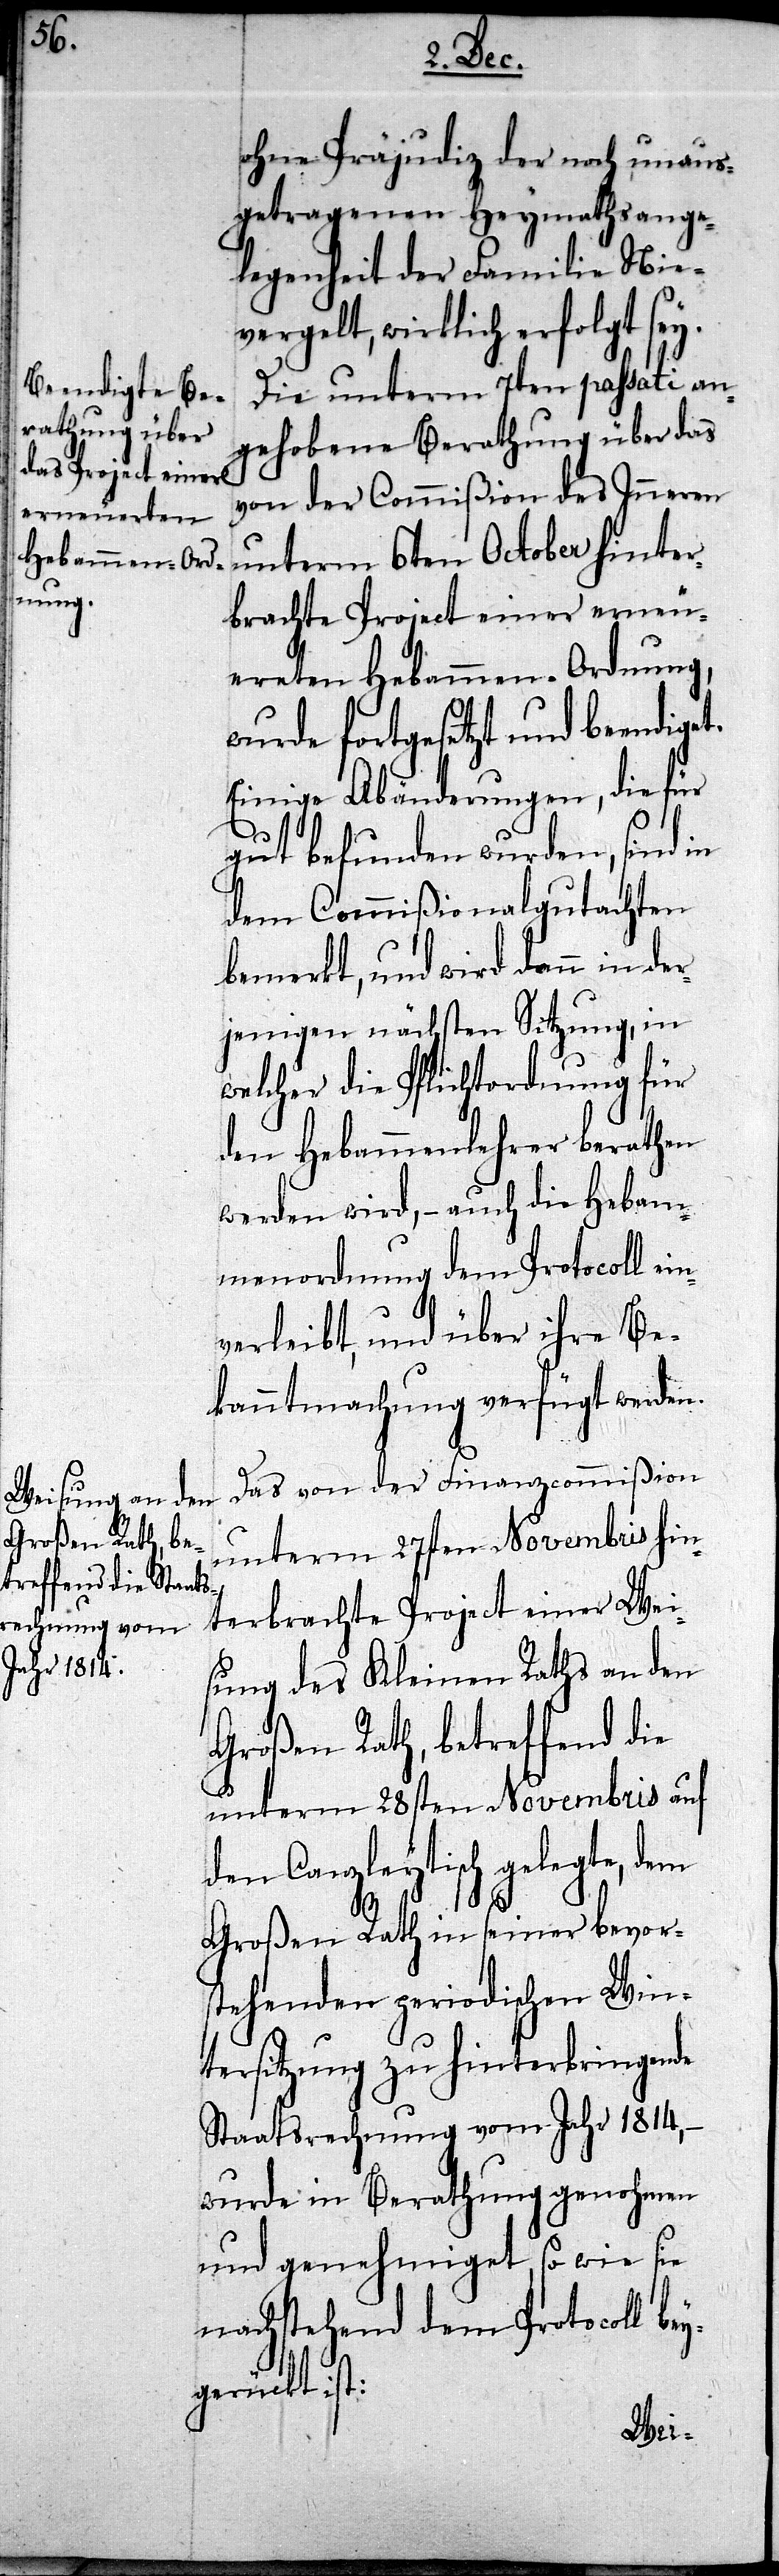
ohne Präjudiz der noch unaus¬
getragenen Heymathsange¬
legenheit der Familie Nie¬
vergelt, wirklich erfolgt sey.
Die unterm 7ten passati an¬
gehobene Berathung über das
von der Commißion des Inneren
unterm 6ten October hinter¬
brachte Project einer erneu¬
ereten Hebammen-Ordnung,
wurde fortgesetzt und beendiget.
Einige Abänderungen, die für
gut befunden wurden, sind in
dem Commißionalgutachten
bemerkt, und wird dann in der¬
jenigen nächsten Sitzung, in
welcher die Pflichtordnung für
den Hebammenlehrer berathen
werden wird, – auch die Hebam¬
menordnung dem Protocoll ein¬
verleibt, und über ihre Be¬
kanntmachung verfügt werden.
Das von der Finanzcommißion
unterm 27sten Novembris hin¬
terbrachte Project einer Wei¬
sung des Kleinen Raths an den
Großen Rat, betreffend die
unterm 28sten Novembris auf
den Canzleytisch gelegte, dem
Großen Rath in seiner bevor¬
stehenden periodischen Win¬
tersitzung zu hinterbringende
Staatsrechnung vom Jahr 1814, –
wurde in Berathung genohmen
und genehmiget, so wie sie
nachstehend dem Protocoll bey¬
gerückt ist: